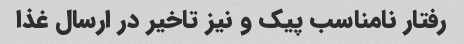
رفتار نامناسب پیک و نیز تاخیر در ارسال غذا